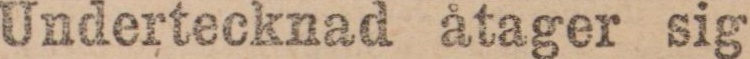
Undertecknad åtager sig